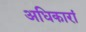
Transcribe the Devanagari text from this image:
अधिकारां